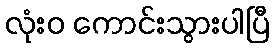
လုံးဝ ကောင်းသွားပါပြီ